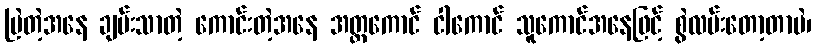
မြဲတဲ့အနေ ချမ်းသာတဲ့ ကောင်းတဲ့အနေ အတ္တကောင် ငါကောင် သူကောင်အနေဖြင့် စွဲလမ်းတော့တာပဲ၊